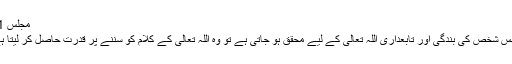
مجلس 51)
* جس شخص کی بندگی اور تابعداری اللہ تعالیٰ کے لیے محقق ہو جاتی ہے تو وہ اللہ تعالیٰ کے کلام کو سننے پر قُدرت حاصل کر لیتا ہے ۔